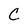
Character: C